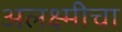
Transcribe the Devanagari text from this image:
अलक्ष्मीचा